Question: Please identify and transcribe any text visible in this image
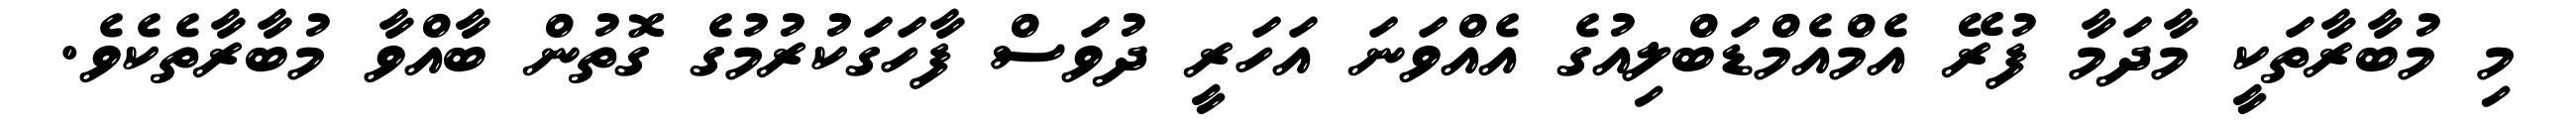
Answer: މި މުބާރާތަކީ މާދަމާ ފުރޭ އެމްއެމްޑަބްލިއުގެ އެއްވަނަ އަހަރީ ދުވަސް ފާހަގަކުރުމުގެ ގޮތުން ބާއްވާ މުބާރާތެކެވެ.